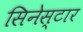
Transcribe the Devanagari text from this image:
सिनेस्टार